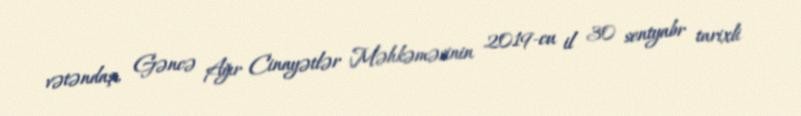
vətəndaşı, Gəncə Ağır Cinayətlər Məhkəməsinin 2019-cu il 30 sentyabr tarixli